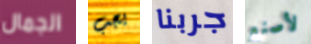
الجمال يجب جربنا لأصنع